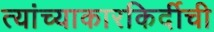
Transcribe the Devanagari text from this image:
त्यांच्याकारकिर्दीची